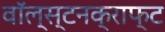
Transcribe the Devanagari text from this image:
वॉल्स्टनक्राफ्ट